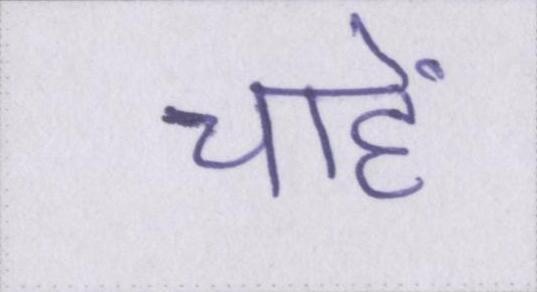
चाहें